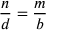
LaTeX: { \frac { n } { d } } = { \frac { m } { b } }